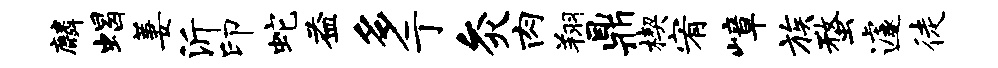
麟蝎萋沂印蛇益多亍灸肉翔鼎楔宥嶂族蝥遽徒